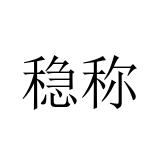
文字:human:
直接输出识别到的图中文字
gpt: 稳称